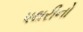
પથરીનો